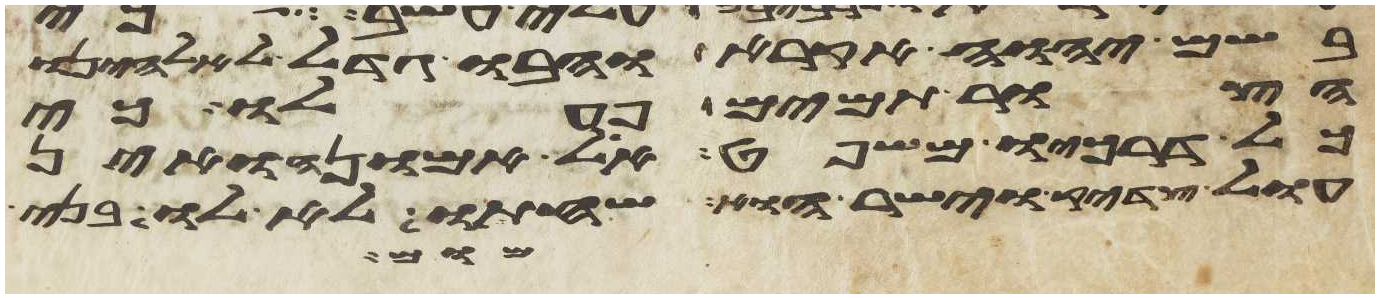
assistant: בשם יהוה אקרא והבו גדל לאלהינו
הצור תמים פעלו כי
כל דרכיו משפט אל אמונה ואין
עול צדיק וישר הוא שחתו לא לו בני
מום